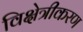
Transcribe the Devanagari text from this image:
विक्षेत्रीकरण